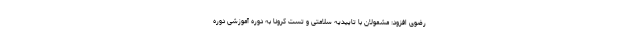
رضوی افزود: مشمولان با تاییدیه سلامتی و تست کرونا به دوره آموزشی دوره